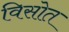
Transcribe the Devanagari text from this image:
विसोत